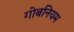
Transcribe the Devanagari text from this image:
गोबनियम